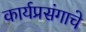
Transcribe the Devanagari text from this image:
कार्यप्रसंगाचे